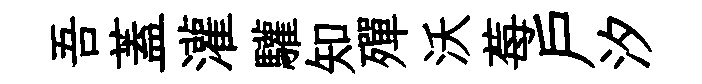
吾蓋灌驩知殫沃莓戸汐